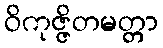
ဝိကုဇ္ဇိတမတ္တာ